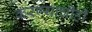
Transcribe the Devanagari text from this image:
करण्‍याचीही